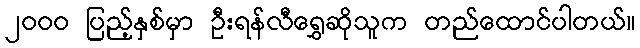
၂၀၀၀ ပြည့်နှစ်မှာ ဦးရန်လီရွှေဆိုသူက တည်ထောင်ပါတယ်။